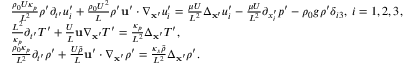
\begin{array} { r l } & { \frac { \rho _ { 0 } U \kappa _ { p } } { L ^ { 2 } } \rho ^ { \prime } \partial _ { t ^ { \prime } } u _ { i } ^ { \prime } + \frac { \rho _ { 0 } U ^ { 2 } } { L } \rho ^ { \prime } \mathbf { u } ^ { \prime } \cdot \nabla _ { \mathbf { x } ^ { \prime } } u _ { i } ^ { \prime } = \frac { \mu U } { L ^ { 2 } } \Delta _ { \mathbf { x } ^ { \prime } } u _ { i } ^ { \prime } - \frac { \mu U } { L ^ { 2 } } \partial _ { x _ { i } ^ { \prime } } p ^ { \prime } - \rho _ { 0 } g \rho ^ { \prime } \delta _ { i 3 } , \; i = 1 , 2 , 3 , } \\ & { \frac { L ^ { 2 } } { \kappa _ { p } } \partial _ { t ^ { \prime } } T ^ { \prime } + \frac { U } { L } \mathbf { u } \nabla _ { \mathbf { x } ^ { \prime } } T ^ { \prime } = \frac { \kappa _ { p } } { L ^ { 2 } } \Delta _ { \mathbf { x } ^ { \prime } } T ^ { \prime } , } \\ & { \frac { \rho _ { 0 } \kappa _ { p } } { L ^ { 2 } } \partial _ { t ^ { \prime } } \rho ^ { \prime } + \frac { U \tilde { \rho } } { L } \mathbf { u } ^ { \prime } \cdot \nabla _ { \mathbf { x } ^ { \prime } } \rho ^ { \prime } = \frac { \kappa _ { s } \tilde { \rho } } { L ^ { 2 } } \Delta _ { \mathbf { x } ^ { \prime } } \rho ^ { \prime } . } \end{array}